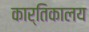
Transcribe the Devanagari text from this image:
कार्तिकालय